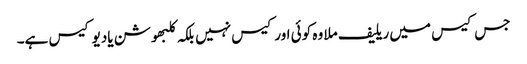
جس کیس میں ریلیف ملا وہ کوئی اور کیس نہیں بلکہ کلبھوشن یادیو کیس ہے۔